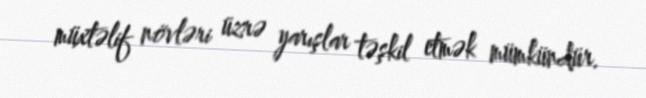
müxtəlif növləri üzrə yarışlar təşkil etmək mümkündür.